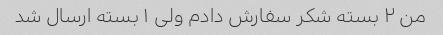
من ۲ بسته شکر سفارش دادم ولی ۱ بسته ارسال شد